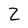
Character: Z